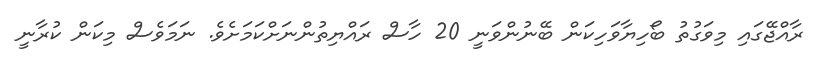
ރާއްޖޭގައި މިވަގުތު ބޯހިޔާވަހިކަން ބޭނުންވަނީ 20 ހާސް ރައްޔިތުންނަށްކަމަށެވެ. ނަމަވެސް މިކަން ކުރާނީ